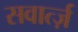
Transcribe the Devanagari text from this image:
सवार्त्ज़